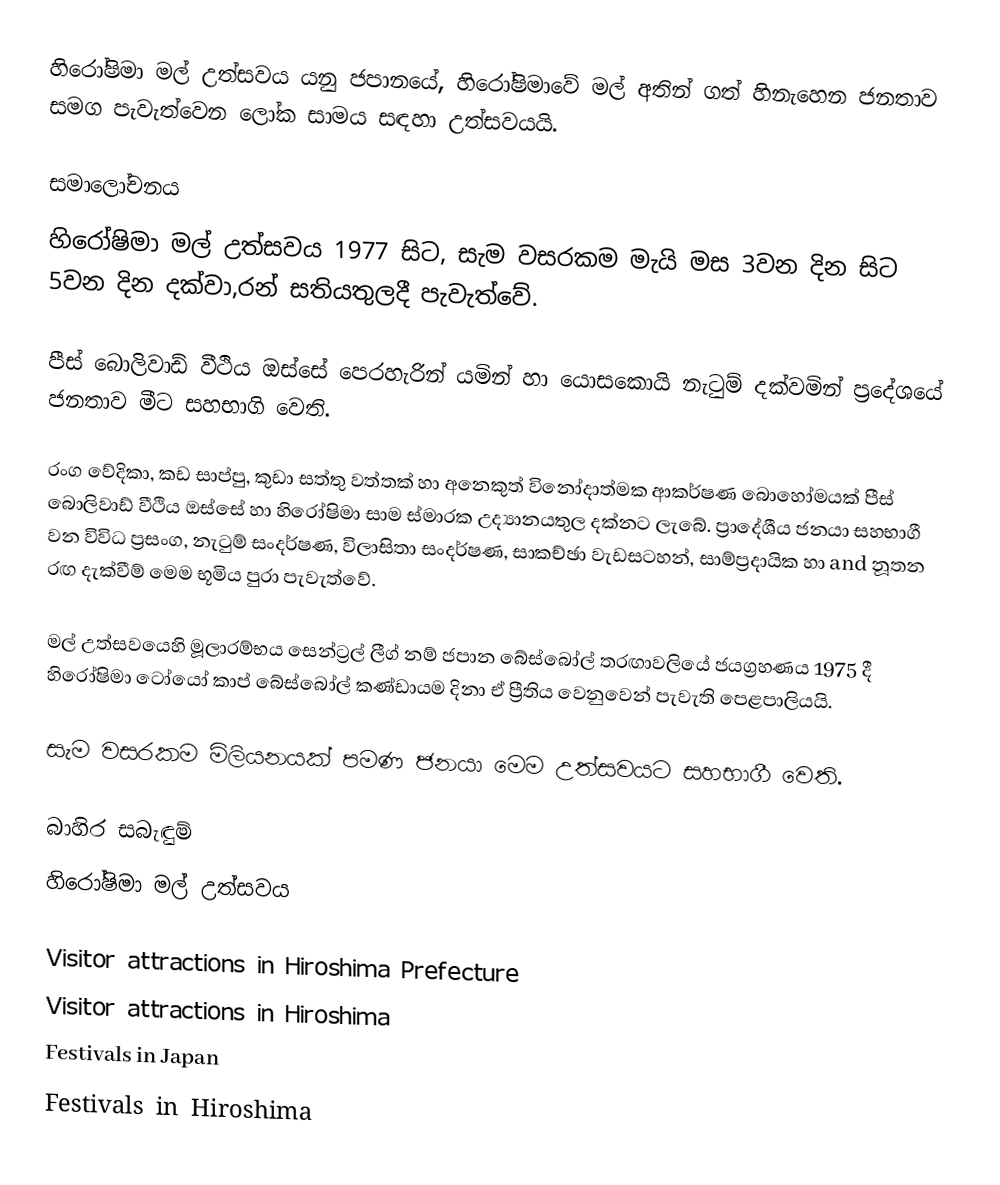
හිරෝෂිමා මල් උත්සවය යනු  ජපානයේ, හිරෝෂිමාවේ මල් අතින් ගත්  හිනැහෙන ජනතාව සමග පැවැත්වෙන ලෝක සාමය සඳහා උත්සවයයි.

සමාලෝචනය
හිරෝෂිමා මල් උත්සවය 1977 සිට, සැම වසරකම මැයි මස 3වන දින සිට 5වන දින දක්වා,රන් සතියතුලදී පැවැත්වේ.

පීස් බොලිවාඩ් වීථිය ඔස්සේ පෙරහැරින් යමින් හා යොසකොයි නැටුම් දක්වමින් ප්‍රදේශයේ ජනතාව මීට සහභාගි වෙති.

රංග වේදිකා, කඩ සාප්පු, කුඩා සත්තු වත්තක් හා අනෙකුත් විනෝදාත්මක ආකර්ෂණ බොහෝමයක් පීස් බොලිවාඩ් වීථිය  ඔස්සේ හා හිරෝෂිමා සාම ස්මාරක උද්‍යානයතුල දක්නට ලැබේ. ප්‍රාදේශීය ජනයා සහභාගී වන විවිධ ප්‍රසංග, නැටුම් සංදර්ෂණ, විලාසිතා සංදර්ෂණ, සාකච්ඡා වැඩසටහන්, සාම්ප්‍රදායික හා and නූතන රඟ දැක්වීම් මෙම භූමිය පුරා පැවැත්වේ.

මල් උත්සවයෙහි මූලාරම්භය සෙන්ට්‍රල් ලීග් නම්  ජපාන බේස්බෝල් තරඟාවලියේ ජයග්‍රහණය 1975 දී හිරෝෂිමා ටෝයෝ කාප් බේස්බෝල් කණ්ඩායම දිනා ඒ ප්‍රීතිය වෙනුවෙන් පැවැති පෙළපාලියයි.

සැම වසරකම මිලියනයක් පමණ ජනයා මෙම උත්සවයට සහභාගී වෙති.

බාහිර සබැඳුම්
හිරෝෂිමා මල් උත්සවය

Visitor attractions in Hiroshima Prefecture
Visitor attractions in Hiroshima
Festivals in Japan
Festivals in Hiroshima